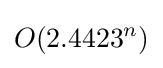
O(2.4423^{n})